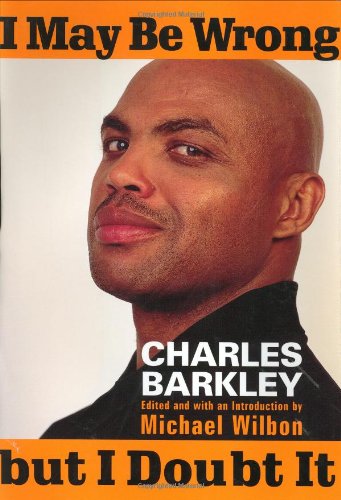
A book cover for I May Be Wrong but I Doubt It; Charles Barkley; Sports & Outdoors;